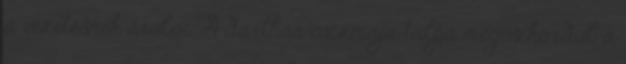
a vezetésnek árulói. A darthar csizmája talpa megcsikordul a